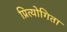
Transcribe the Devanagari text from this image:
प्रित्योगिता